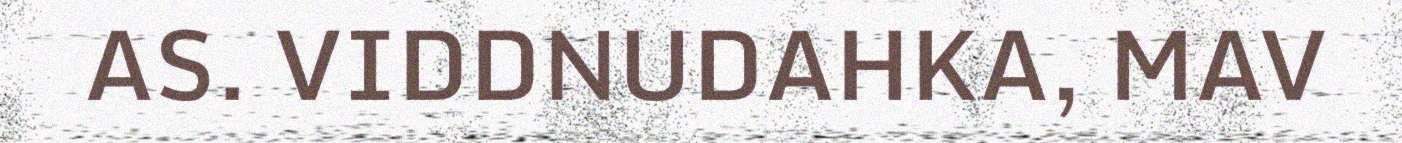
AS. VIDDNUDAHKA, MAV